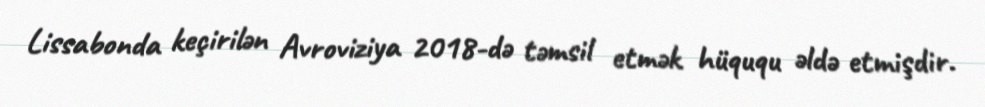
Lissabonda keçirilən Avroviziya 2018-də təmsil etmək hüququ əldə etmişdir.